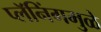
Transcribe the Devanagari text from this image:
प्लॅनिंगमुळे